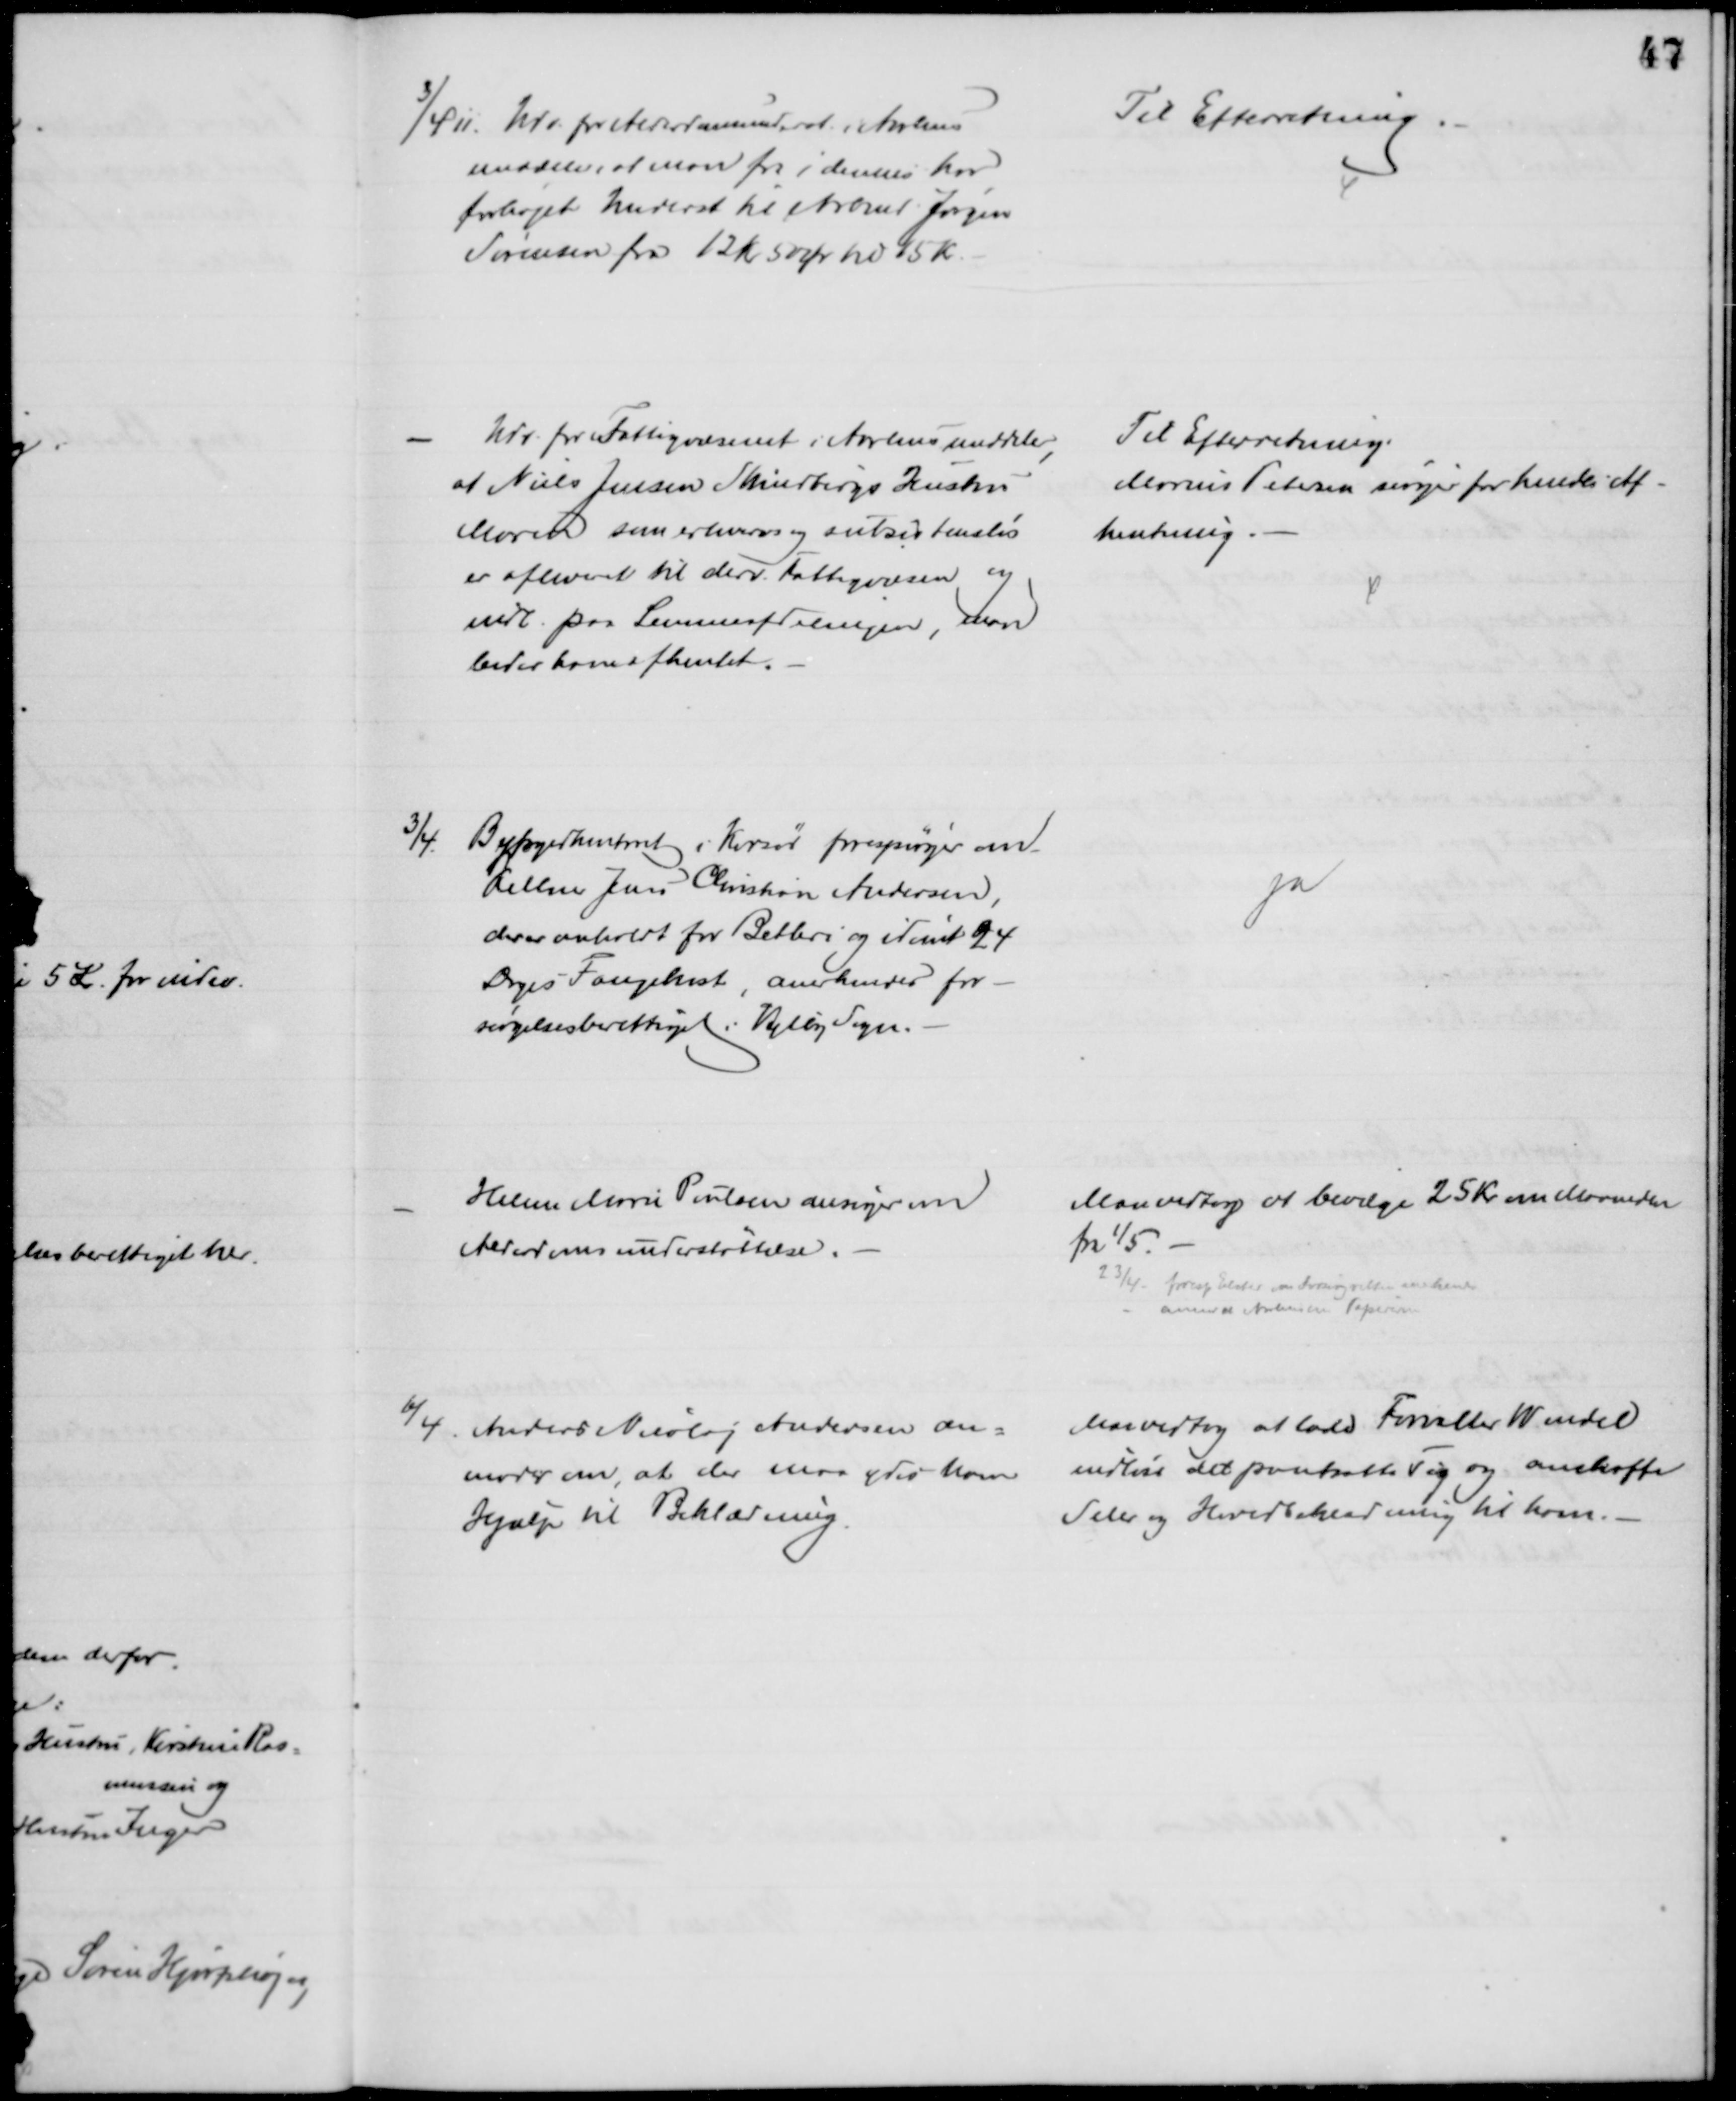
Transskription:
3/4 11. Udv. for Alderdomsunderst. i  Aarhus
meddeler, at man fra i dennes har
forhøjet Underst til Arbmd Jørgen
Sørensen fra 12 kr 50 Ør pr 15 Kr.
Til Efterretning.
Udv. for Fattigvæsenet i Aarhus meddeler,
at Niels Jensen Skindbergs Hustru
Maren som erhvervs og subsistensløs
er afleveret til derv. Fattigvæsen og
indl. paa Lemmeafdelingen, man
beder hende afhentet.
Til Efterretning.
Marius Petersen sørger for hendes Af-
hentning.
3/4 Byfogedkontoret i Korsør forespørger om
Kellner Jens Christian Andersen,
der er anholdt for Betleri og idømt 24
Dages Fængelnst, anerkendes for-
sørgelsesberettiget i Vejlby Sogn.
ja
Helene Marie Poulsen ansøger om
Alderdomsunderstøttelse.
Man vedtog at bevilge 25 Kr. om Maaneden
fra 1/5
23/4 - foresp Elsted om Forsørg.retten anerkendes
anmoder Aarhus om Papirerne
6/4. Anders Nicolaj Andersen an=
moder om, at der maa ydes ham
Hjælp til Beklædning.
Man vedtog at lade Forvalter Wendel
indløse det pantsatte Tøj og anskaffe
Seler og Hovedbeklædning til ham.